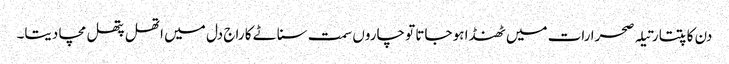
دن کاتپتا رتیلہ صحرا رات میں ٹھنڈا ہو جاتا تو چاروں سمت سناٹے کا راج دل میں اتھل پتھل مچا دیتا۔